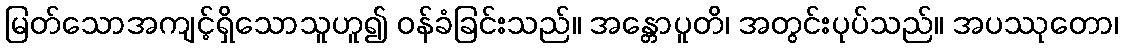
မြတ်သောအကျင့်ရှိသောသူဟူ၍ ဝန်ခံခြင်းသည်။ အန္တောပူတိ၊ အတွင်းပုပ်သည်။ အပဿုတော၊